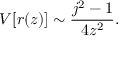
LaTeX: V [ r ( z ) ] \sim \frac { j ^ { 2 } - 1 } { 4 z ^ { 2 } } .